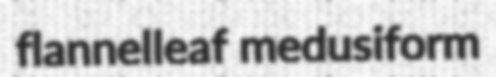
flannelleaf medusiform